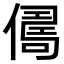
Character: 𠍻